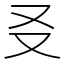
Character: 㕛